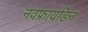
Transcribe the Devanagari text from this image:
नवफ्रायडिन